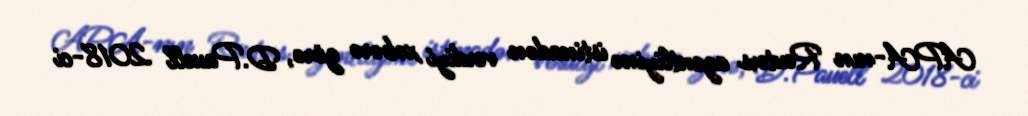
APA-nın Reuters agentliyinə istinadən verdiyi xəbərə görə, D.Pauell 2018-ci